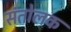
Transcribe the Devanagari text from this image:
संतोलक